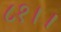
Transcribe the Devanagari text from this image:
८१।।